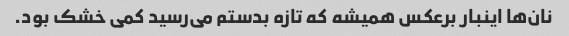
نان‌ها اینبار برعکس همیشه که تازه بدستم می‌رسید کمی خشک بود.